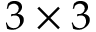
3 \times 3